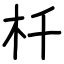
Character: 杄